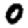
Digit: 0